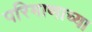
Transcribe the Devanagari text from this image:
परिमाणाच्या